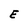
Character: E